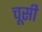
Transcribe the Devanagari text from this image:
चूसी